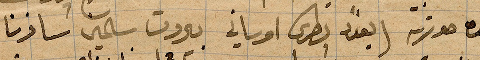
وهذه صورته (بغداد بطرس اوساني بيروت سالماني سافرنا